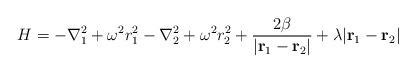
LaTeX: \begin{align*}H = -\nabla^2_1 + \omega^2r^2_1 -\nabla^2_2 + \omega^2r^2_2 +{2\beta \over |{\bf r}_1-{\bf r}_2|} + \lambda |{\bf r}_1-{\bf r}_2|\end{align*}